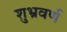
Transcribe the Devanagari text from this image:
शुभ्रवर्ण